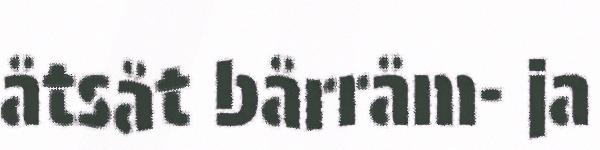
åtsåt bårråm- ja